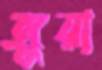
জুয়া